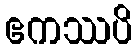
ဧကဿပိ